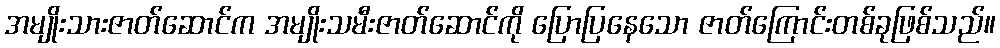
အမျိုးသားဇာတ်ဆောင်က အမျိုးသမီးဇာတ်ဆောင်ကို ပြောပြနေသော ဇာတ်ကြောင်းတစ်ခုဖြစ်သည်။